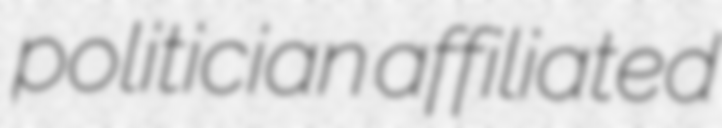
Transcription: politician affiliated